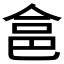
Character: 𠉲